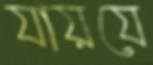
যায়যে